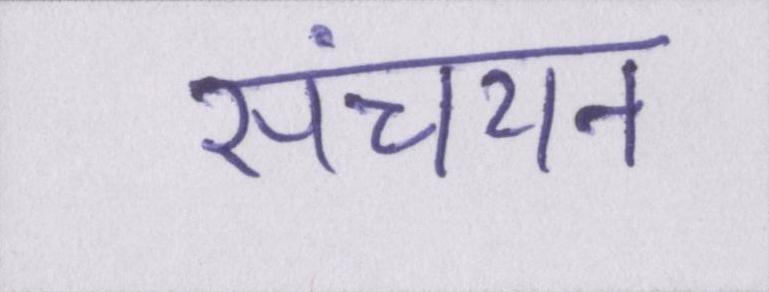
संचयन